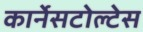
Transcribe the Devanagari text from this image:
कार्नेसटोल्टेस